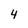
Character: 4